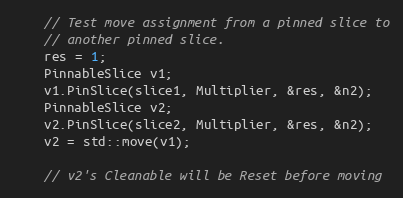
Language: C++
    // Test move assignment from a pinned slice to
    // another pinned slice.
    res = 1;
    PinnableSlice v1;
    v1.PinSlice(slice1, Multiplier, &res, &n2);
    PinnableSlice v2;
    v2.PinSlice(slice2, Multiplier, &res, &n2);
    v2 = std::move(v1);

    // v2's Cleanable will be Reset before moving